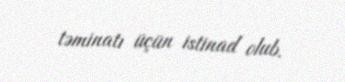
təminatı üçün istinad olub.